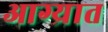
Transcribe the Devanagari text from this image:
आग्र्यात